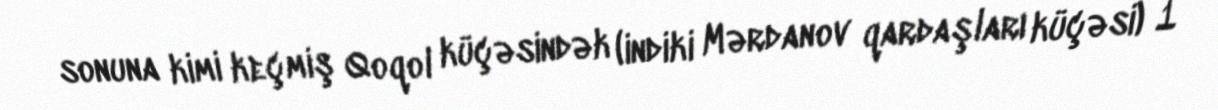
sonuna kimi keçmiş Qoqol küçəsindək (indiki Mərdanov qardaşları küçəsi) 1